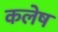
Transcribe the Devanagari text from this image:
कलेष